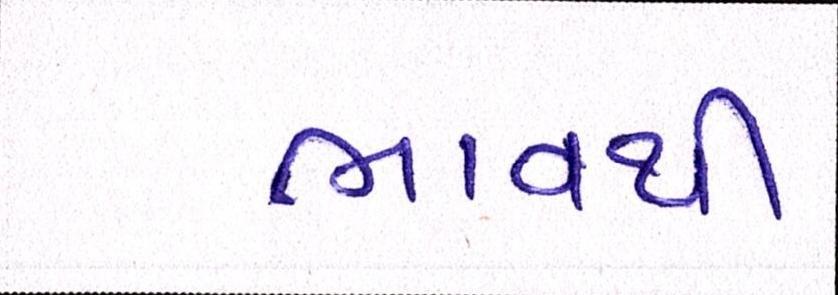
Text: ભાવથી